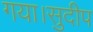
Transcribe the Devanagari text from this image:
गया।सुदीप